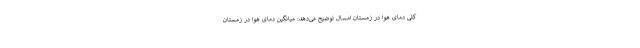
کلی دمای هوا در زمستان امسال توضیح می‌دهد: میانگین دمای هوا در زمستان